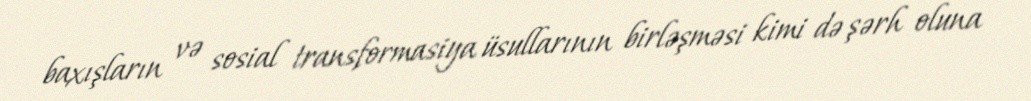
baxışların və sosial transformasiya üsullarının birləşməsi kimi də şərh oluna